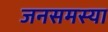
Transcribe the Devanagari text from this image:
जनसमस्या